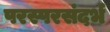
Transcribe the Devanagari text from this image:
परस्परसंदर्भ